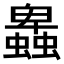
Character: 𧓎